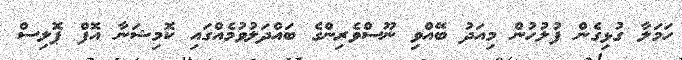
ހަމަލާ ގުޅިގެން ފުލުހުން މިއަދު ބޭއްވި ނޫސްވެރިންގެ ބައްދަލުވުމެއްގައި ކޮމިޝަނާ އޮފް ޕޮލިސް